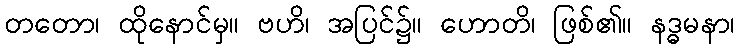
တတော၊ ထိုနောင်မှ။ ဗဟိ၊ အပြင်၌။ ဟောတိ၊ ဖြစ်၏။ နဒ္ဓမနာ၊